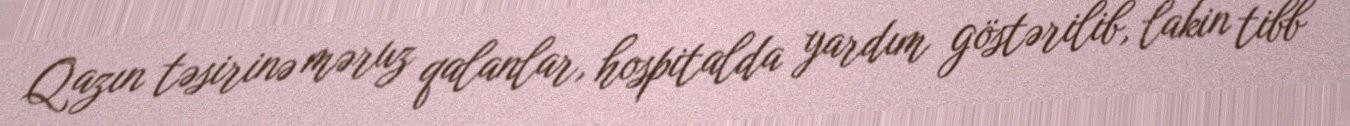
Qazın təsirinə məruz qalanlar, hospitalda yardım göstərilib, lakin tibb